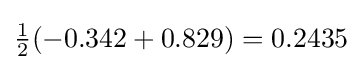
{\tfrac {1}{2}}(-0.342+0.829)=0.2435